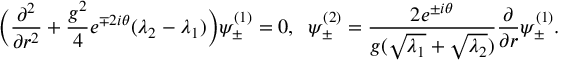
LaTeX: \bigg ( \frac { \partial ^ { 2 } } { \partial r ^ { 2 } } + \frac { g ^ { 2 } } { 4 } e ^ { \mp 2 i \theta } ( \lambda _ { 2 } - \lambda _ { 1 } ) \bigg ) \psi _ { \pm } ^ { ( 1 ) } = 0 , \; \; \psi _ { \pm } ^ { ( 2 ) } = \frac { 2 e ^ { \pm i \theta } } { g ( \sqrt { \lambda _ { 1 } } + \sqrt { \lambda _ { 2 } } ) } \frac { \partial } { \partial r } \psi _ { \pm } ^ { ( 1 ) } .